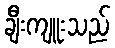
ချီးကျူးသည်